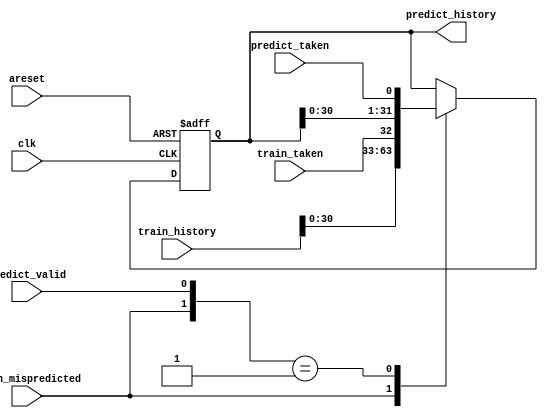
//2023_8_4 kerong
//3
module top_module(
    input clk,
    input areset,

    input predict_valid,
    input predict_taken,
    output reg [31:0] predict_history,

    input train_mispredicted,
    input train_taken,
    input [31:0] train_history
);
	always@(posedge clk, posedge areset)begin
		if(areset)begin
			predict_history <= 32'd0;
		end
		else begin
			casex({train_mispredicted, predict_valid})
				2'b1x:	predict_history <= {train_history[30:0], train_taken};
				2'b01:	predict_history <= {predict_history[30:0], predict_taken};
			endcase
		end
	end
endmodule